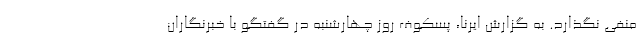
منفی نگذارد. به گزارش ایرنا، پسکوف روز چهارشنبه در گفتگو با خبرنگاران